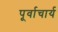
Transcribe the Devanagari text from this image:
पूर्वाचार्य